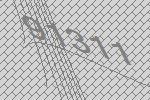
91311